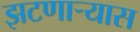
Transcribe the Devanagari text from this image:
झटणाऱ्यास